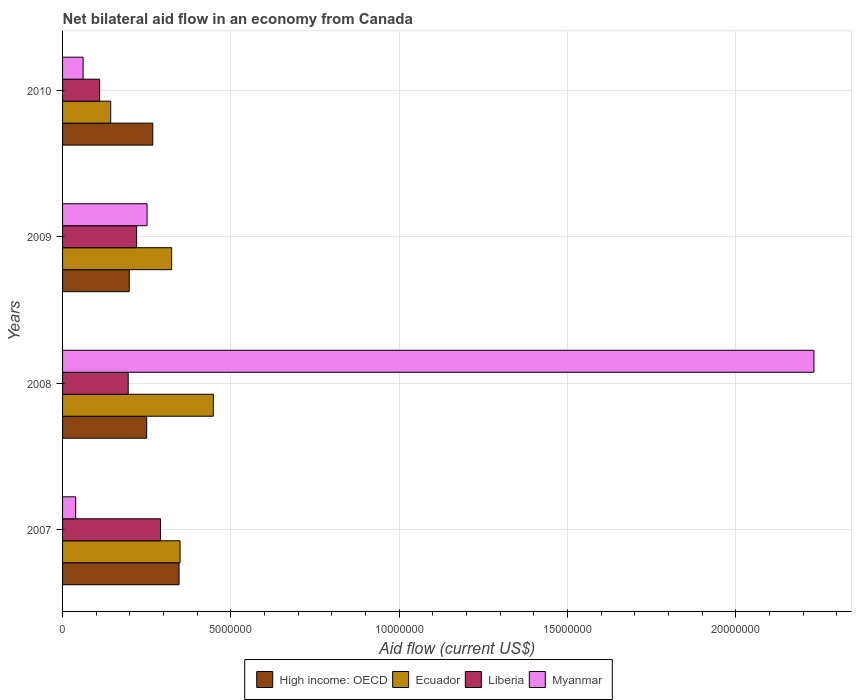
| Years | High income: OECD | Ecuador | Liberia | Myanmar |
 | --- | --- | --- | --- | --- |
 | 2007 | 3.46e+06 | 3.49e+06 | 2.91e+06 | 3.9e+05 |
 | 2008 | 2.5e+06 | 4.48e+06 | 1.95e+06 | 2.23e+07 |
 | 2009 | 1.98e+06 | 3.24e+06 | 2.2e+06 | 2.51e+06 |
 | 2010 | 2.68e+06 | 1.43e+06 | 1.1e+06 | 6.1e+05 |